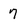
Character: 7